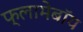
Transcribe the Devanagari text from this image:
फ्लामेबॉय